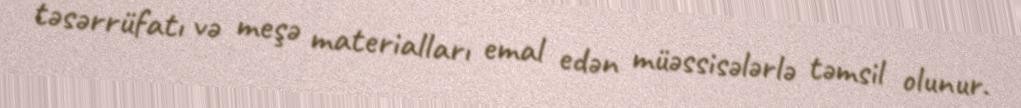
təsərrüfatı və meşə materialları emal edən müəssisələrlə təmsil olunur.